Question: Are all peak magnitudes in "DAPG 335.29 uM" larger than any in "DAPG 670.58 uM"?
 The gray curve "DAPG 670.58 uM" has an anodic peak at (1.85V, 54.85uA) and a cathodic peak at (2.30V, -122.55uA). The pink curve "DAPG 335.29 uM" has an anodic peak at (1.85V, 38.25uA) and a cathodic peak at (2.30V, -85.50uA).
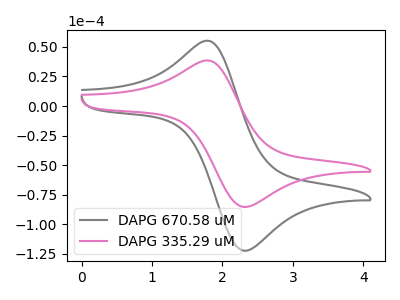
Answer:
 <answer>Every peak in "DAPG 335.29 uM" is lower than every peak in "DAPG 670.58 uM".</answer>
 <eval>lower</eval>